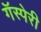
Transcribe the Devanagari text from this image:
गॅस्पेरी